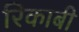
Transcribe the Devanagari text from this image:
रिकाबी